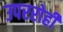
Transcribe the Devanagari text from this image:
उपररोही